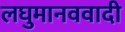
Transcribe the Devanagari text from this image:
लघुमानववादी